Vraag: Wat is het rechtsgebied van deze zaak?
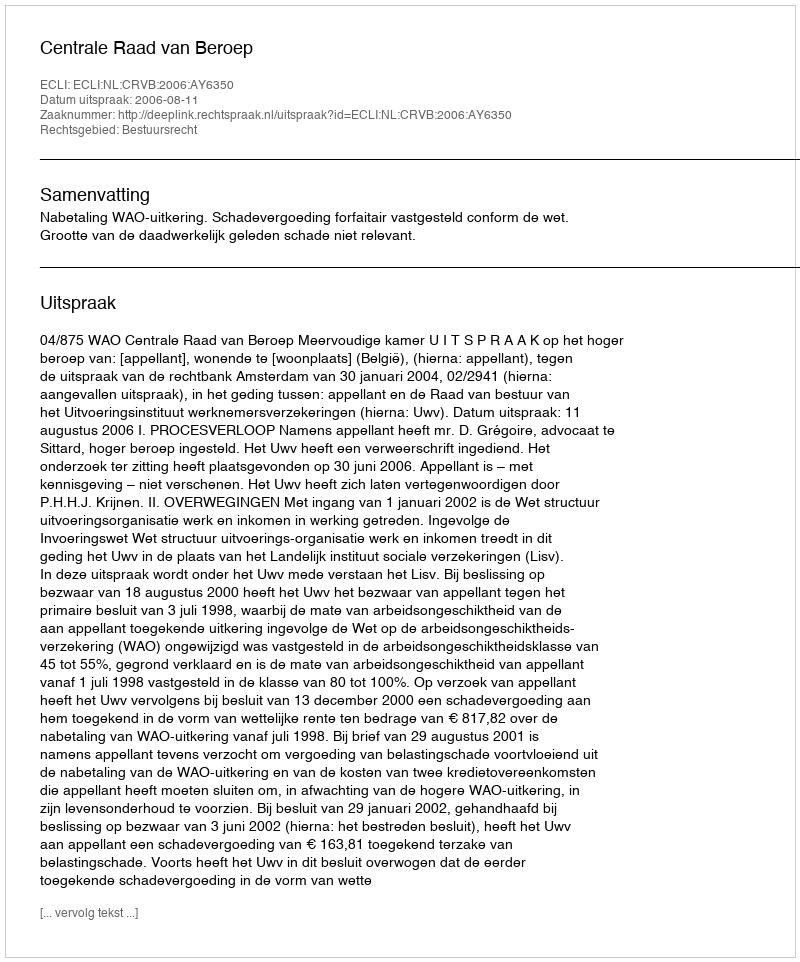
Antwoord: Bestuursrecht